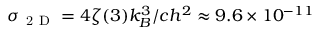
\sigma _ { \mathrm { ~ 2 ~ D ~ } } = 4 \zeta ( 3 ) k _ { B } ^ { 3 } / c h ^ { 2 } \approx 9 . 6 \times 1 0 ^ { - 1 1 }